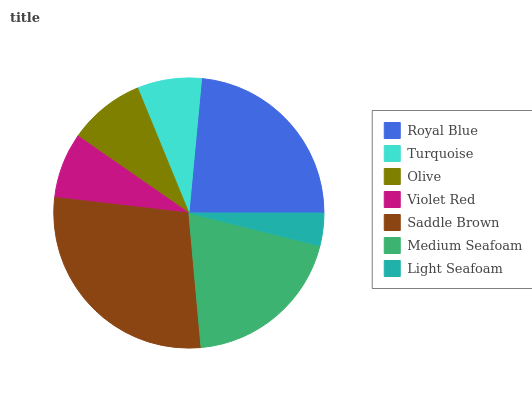
| Royal Blue | Turquoise | Olive | Violet Red | Saddle Brown | Medium Seafoam | Light Seafoam |
 | --- | --- | --- | --- | --- | --- | --- |
 | 23.5% | 7.69% | 9.13% | 7.8% | 28.3% | 19.7% | 3.89% |